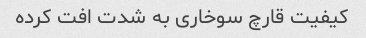
کیفیت قارچ سوخاری به شدت افت کرده